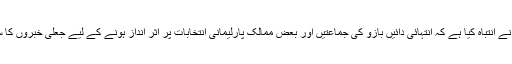
جرمن سیاست دانوں نے انتباہ کیا ہے کہ انتہائی دائیں بازو کی جماعتیں اور بعض ممالک پارلیمانی انتخابات پر اثر انداز ہونے کے لیے جعلی خبروں کا سہارہ لے سکتے ہیں۔